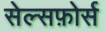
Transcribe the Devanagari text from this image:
सेल्सफ़ोर्स